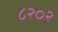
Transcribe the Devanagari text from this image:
८२०२